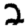
Digit: 2